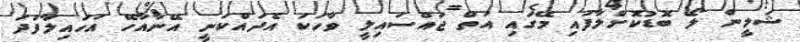
ޝަލީން ލޯ ބޮޑުކޮށްލާފައި މޭގައި އަތް ޖައްސައިލީ ވާހަކަ އެދައްކަނީ އޭނާއާހޭ އަހައިލާފަދަ